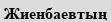
Жиенбаевтың